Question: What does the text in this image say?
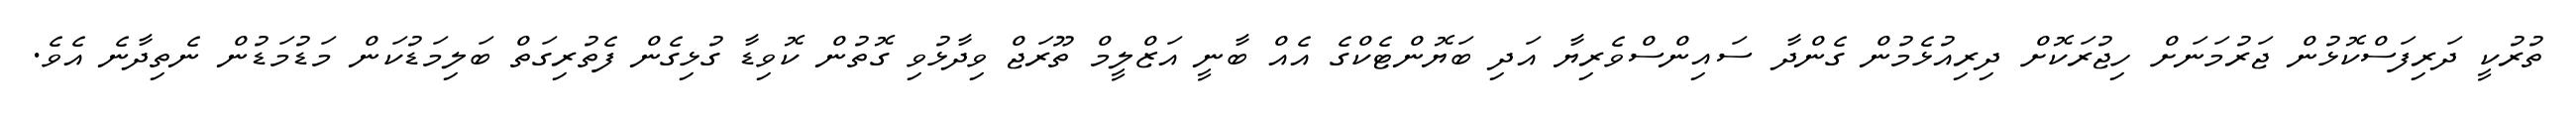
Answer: ތުރުކީ ދަރިފަސްކޮޅުން ޖަރުމަނަށް ހިޖުރަކޮށް ދިރިއުޅެމުން ގެންދާ ސައިންސްވެރިޔާ އަދި ބަޔޮންޓެކްގެ އެއް ބާނީ އަޒްލީމް ތޫރަޖް ވިދާޅުވި ގޮތުން ކޮވިޑާ ގުޅިގެން ފެތުރިގަތް ބަލިމަޑުކަން މަޑުމަޑުން ނެތިދާނެ އެވެ.